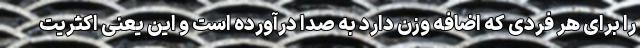
را برای هر فردی که اضافه وزن دارد به صدا درآورده است و این یعنی اکثریت